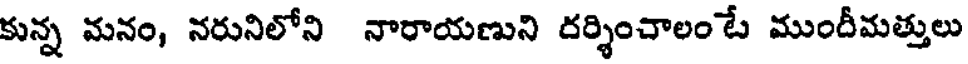
కున్న మనం, నరునిలోని నారాయణుని దర్శించాలంటే ముందీమత్తులు